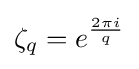
\zeta _{q}=e^{\frac {2\pi i}{q}}